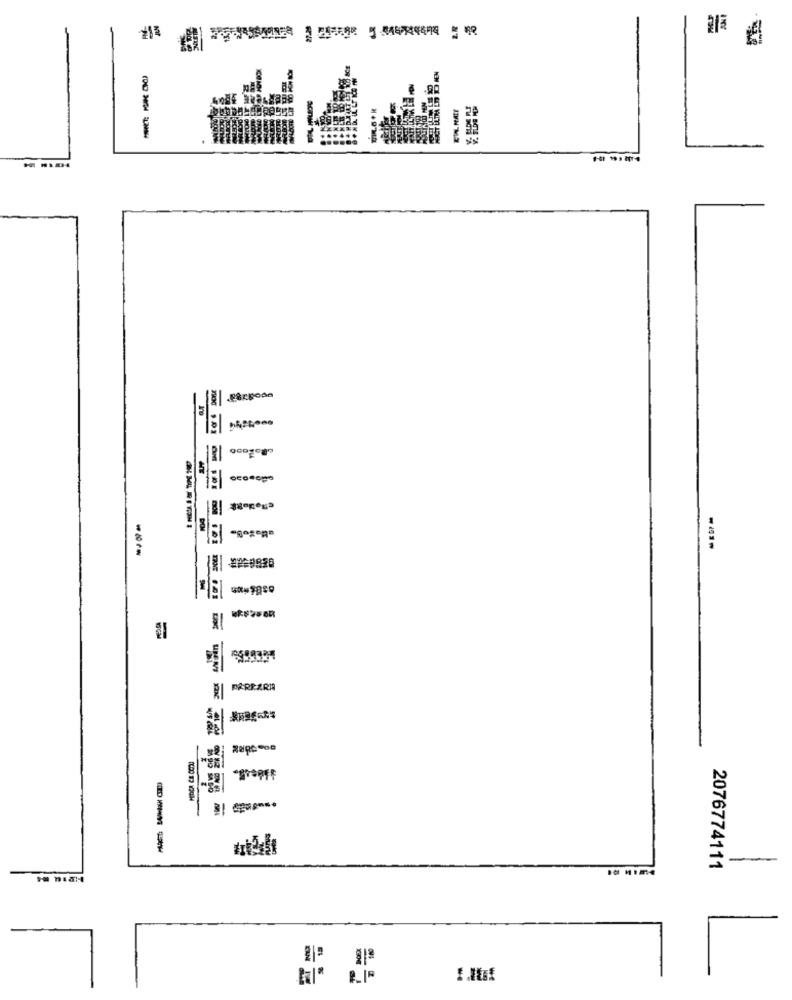
BIR
FAREARIS
2076774111
⑈ ⑈